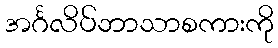
အင်္ဂလိပ်ဘာသာစကားကို